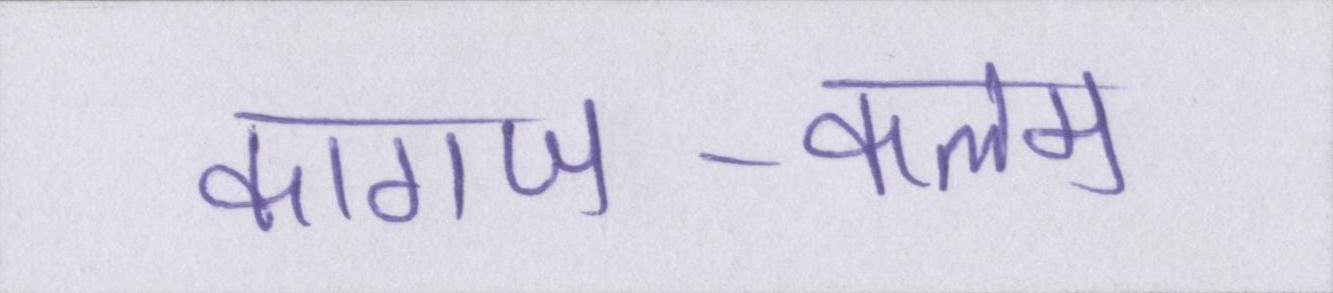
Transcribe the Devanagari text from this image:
कागज-कलम